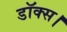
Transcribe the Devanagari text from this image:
डॉक्स।